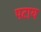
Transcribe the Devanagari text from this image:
पटाय